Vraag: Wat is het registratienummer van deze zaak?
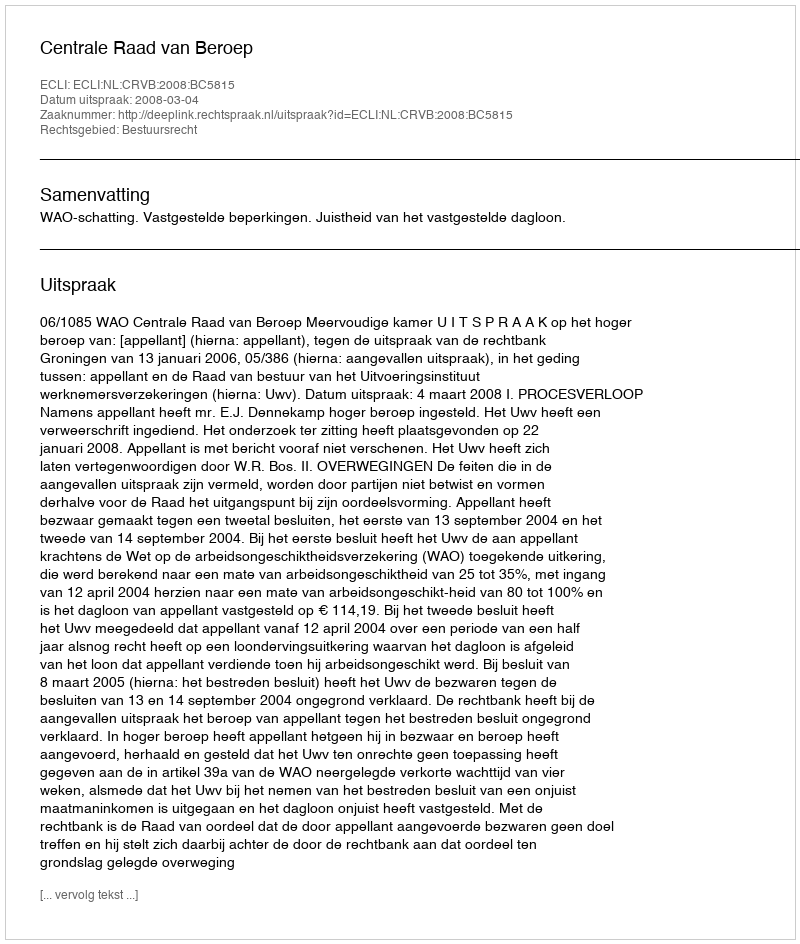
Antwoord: http://deeplink.rechtspraak.nl/uitspraak?id=ECLI:NL:CRVB:2008:BC5815